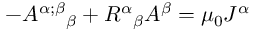
- { A ^ { \alpha ; \beta } } _ { \beta } + { R ^ { \alpha } } _ { \beta } A ^ { \beta } = \mu _ { 0 } J ^ { \alpha }